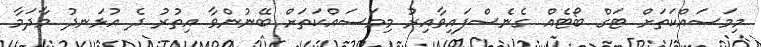
މިމަސައްކަތަށް ޓަގް ބޯޓެއް ގެނެސްފައިވާއިރު މިމަސައްކަތަށް ބޭނުންވާ އިތުރު ދެ އުޅަނދު މާދަމާ